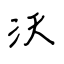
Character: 沃